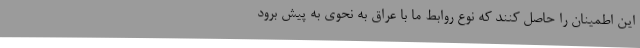
این اطمینان را حاصل کنند که نوع روابط ما با عراق به نحوی به پیش برود